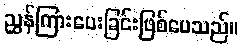
ညွှန်ကြားပေးခြင်းဖြစ်ပေသည်။